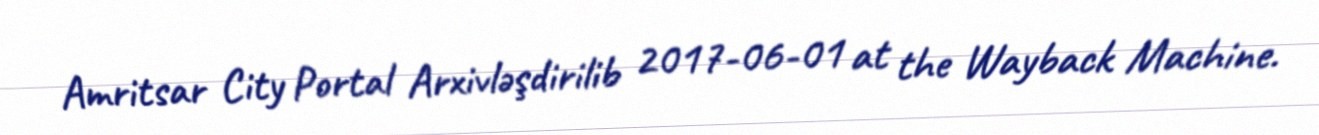
Amritsar City Portal Arxivləşdirilib 2017-06-01 at the Wayback Machine.